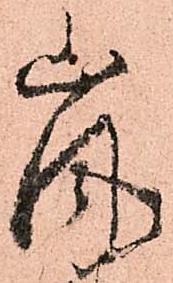
嵐